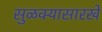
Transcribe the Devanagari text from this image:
सुळक्यासारखे